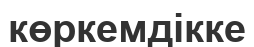
көркемдікке